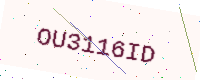
Text: OU3116ID